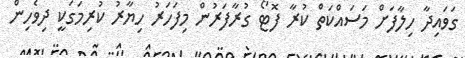
ގަވައިދާ ހިލާފަށް މަސައްކަތް ކުރާ ފޮޓޯ ގުރާފަރުން މިފަހަރު ހިޔާރު ކުރިމަގަކީ ދިވެހިން